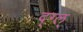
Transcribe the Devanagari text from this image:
द्ग्ल्